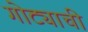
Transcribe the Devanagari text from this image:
गोट्याची